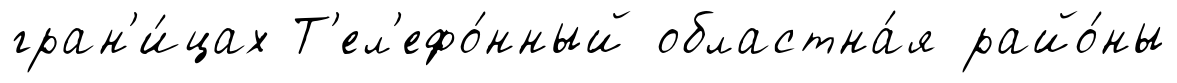
гран'и́цах Т'ел'ефо́нный областна́я райо́ны